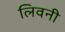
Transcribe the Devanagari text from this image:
लिवनी